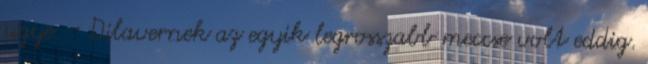
ugye. - Dilavernek az egyik legrosszabb meccse volt eddig.